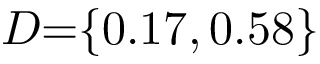
D { = } \{ 0 . 1 7 , 0 . 5 8 \}